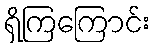
ရှိကြကြောင်း